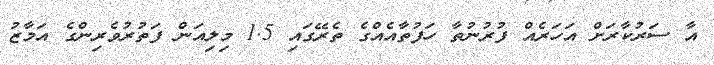
އާ ސަރުކާރަށް އަހަރެއް ފުރުނުތާ ހަފުތާއެއްގެ ތެރޭގައި 1.5 މިލިއަން ފަތުރުވެރިންގެ އަމާޒު